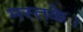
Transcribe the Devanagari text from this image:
मस्तके।